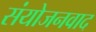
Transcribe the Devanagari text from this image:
संयोजनवाद